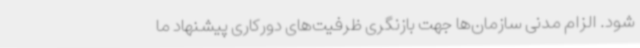
شود. الزام مدنی سازمان‌ها جهت بازنگری ظرفیت‌های دورکاری پیشنهاد ما